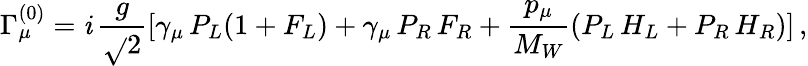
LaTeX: \Gamma_{\mu}^{(0)}=\mathit{i}\, {\frac{{g}}{{\sqrt{}{{2}}}}}[\gamma_{\mu}\, P_{L}(1+F_{L})+\gamma_{\mu}\, P_{R}\, F_{R}+{\frac{{p_{\mu}}}{{M_{W}}}}(P_{L}\, H_{L}+P_{R}\, H_{R})]\, ,